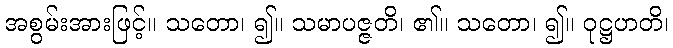
အစွမ်းအားဖြင့်။ သတော၊ ၍။ သမာပဇ္ဇတိ၊ ၏။ သတော၊ ၍။ ဝုဋ္ဌဟတိ၊